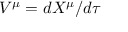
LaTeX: V ^ { \mu } = d X ^ { \mu } / d \tau